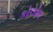
કોલોન